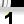
Digit: 1